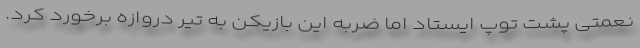
نعمتی پشت توپ ایستاد اما ضربه این بازیکن به تیر دروازه برخورد کرد.